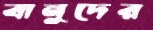
বানুদের